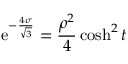
\mathrm { e } ^ { - { \frac { 4 \sigma } { \sqrt { 3 } } } } = { \frac { \rho ^ { 2 } } { 4 } } \cosh ^ { 2 } t